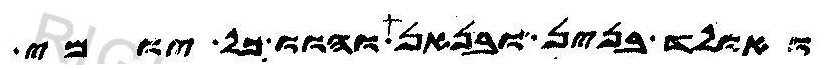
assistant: ואולד בנין ובנאת והוו כל יומי